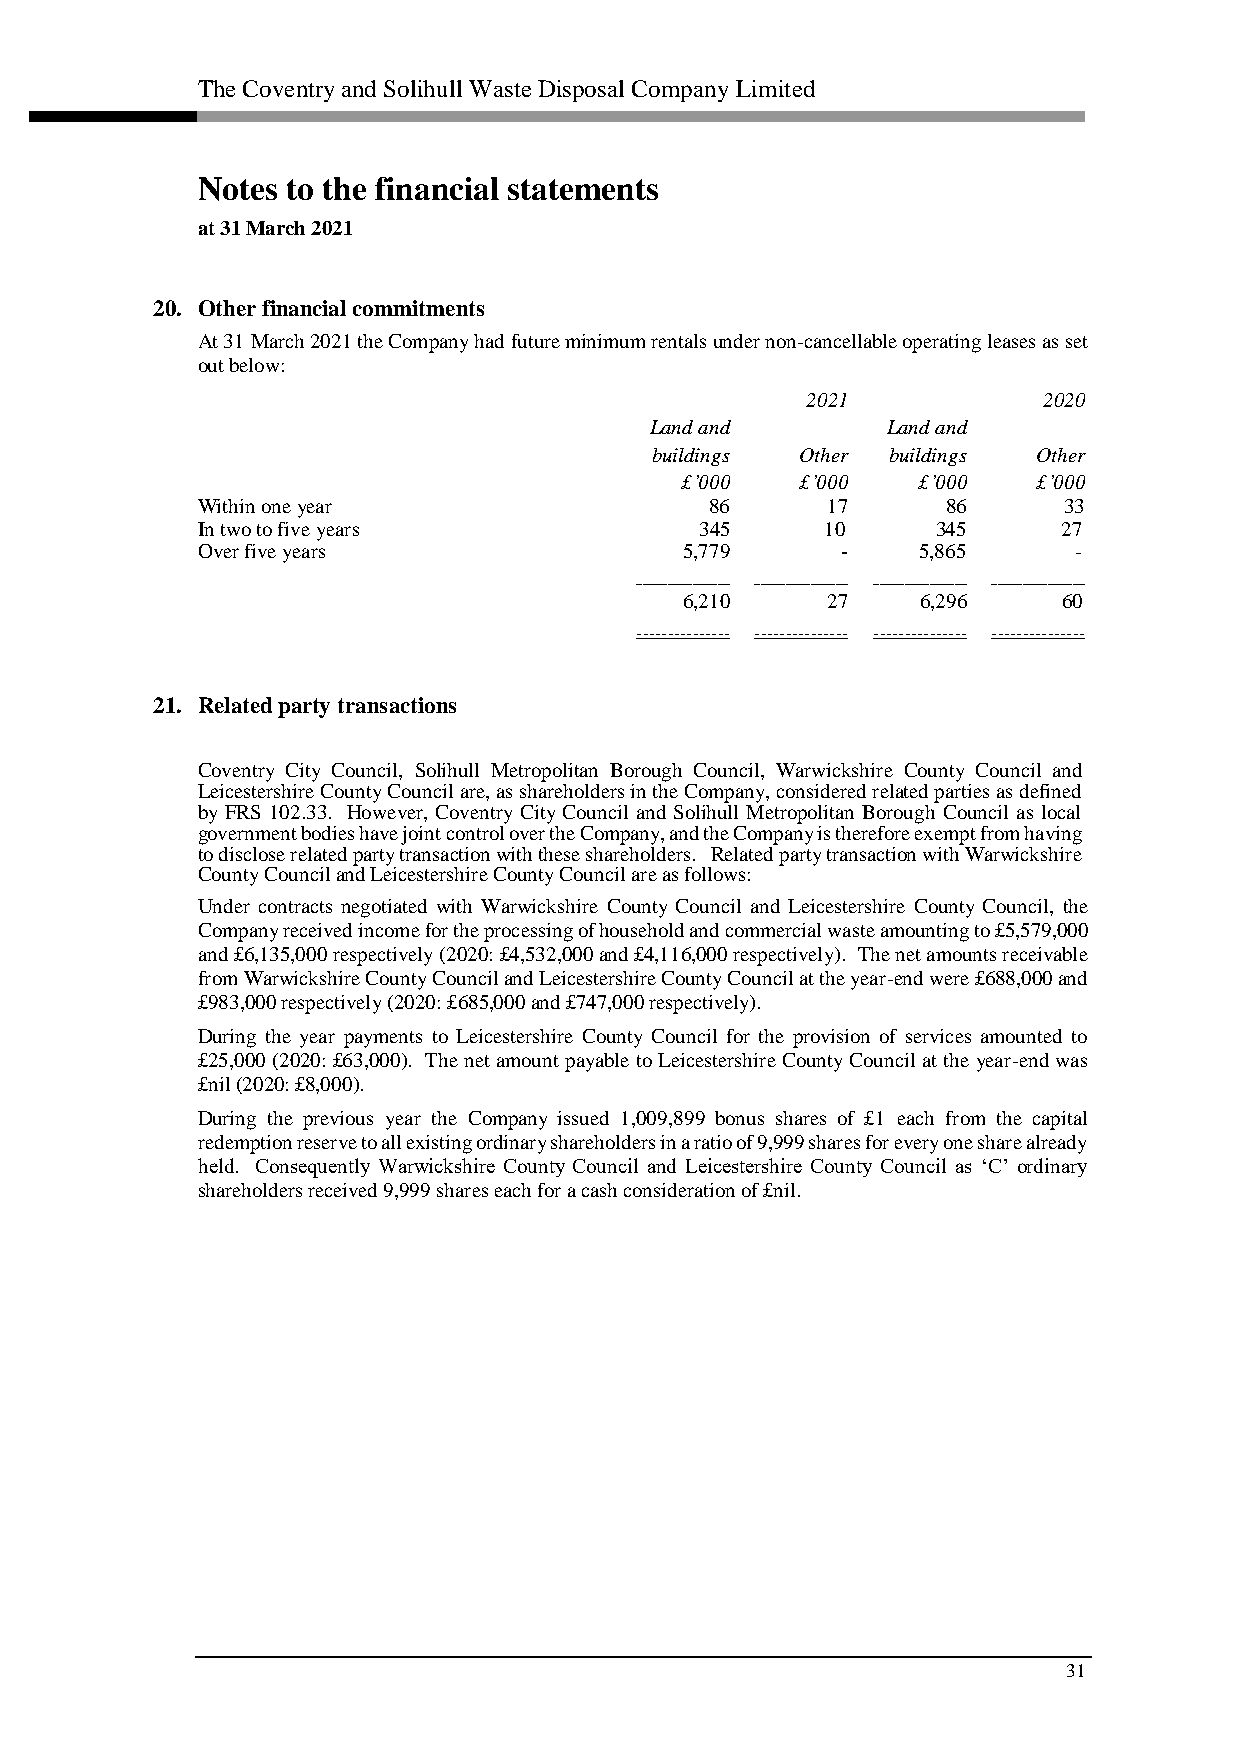
The Coventry and Solihull Waste Disposal Company Limited
 Notes to the financial statements
 at 31 March 2021
 20. Other financial commitments
 At 31 March 2021 the Company had future minimum rentals under non-cancellable operating leases as set
 out below:
 2021            2020
 Land and        Land and
 buildings Other buildings Other
 £’000   £’000   £’000   £’000
 Within one year                   86      17      86     33
 In two to five years             345      10     345     27
 Over five years                 5,779      -    5,865     -
 ––––––––––––––– ––––––––––––––– ––––––––––––––– –––––––––––––––
 6,210     27    6,296    60
 ––––––––––––––– ––––––––––––––– ––––––––––––––– –––––––––––––––
 21. Related party transactions
 Coventry City Council, Solihull Metropolitan Borough Council, Warwickshire County Council and
 Leicestershire County Council are, as shareholders in the Company, considered related parties as defined
 by FRS 102.33. However, Coventry City Council and Solihull Metropolitan Borough Council as local
 government bodies have joint control over the Company, and the Company is therefore exempt from having
 to disclose related party transaction with these shareholders. Related party transaction with Warwickshire
 County Council and Leicestershire County Council are as follows:
 Under contracts negotiated with Warwickshire County Council and Leicestershire County Council, the
 Company received income for the processing of household and commercial waste amounting to £5,579,000
 and £6,135,000 respectively (2020: £4,532,000 and £4,116,000 respectively). The net amounts receivable
 from Warwickshire County Council and Leicestershire County Council at the year-end were £688,000 and
 £983,000 respectively (2020: £685,000 and £747,000 respectively).
 During the year payments to Leicestershire County Council for the provision of services amounted to
 £25,000 (2020: £63,000). The net amount payable to Leicestershire County Council at the year-end was
 £nil (2020: £8,000).
 During the previous year the Company issued 1,009,899 bonus shares of £1 each from the capital
 redemption reserve to all existing ordinary shareholders in a ratio of 9,999 shares for every one share already
 held. Consequently Warwickshire County Council and Leicestershire County Council as ‘C’ ordinary
 shareholders received 9,999 shares each for a cash consideration of £nil.
 31